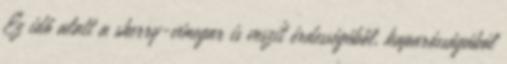
Ez idő alatt a sherry-vinegar is veszít érdességéből, kaparósságából